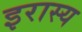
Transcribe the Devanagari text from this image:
इरास्य